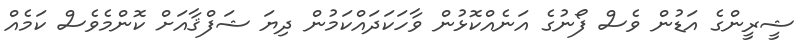
ޝީރީންގެ އަޑުން ވެސް ފޯނުގެ އަނެއްކޮޅުން ވާހަކަދައްކަމުން ދިޔަ ޝަފްޤާއަށް ކޮންމެވެސް ކަމެއް